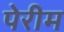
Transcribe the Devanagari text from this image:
पेरीम